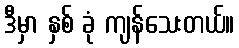
ဒီမှာ နှစ် ခုံ ကျန်သေးတယ်။